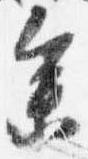
参